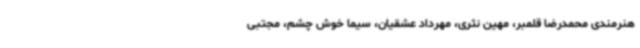
هنرمندی محمدرضا قلمبر، مهین نثری، مهرداد عشقیان، سیما خوش چشم، مجتبی